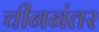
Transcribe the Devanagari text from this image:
चीननंतर